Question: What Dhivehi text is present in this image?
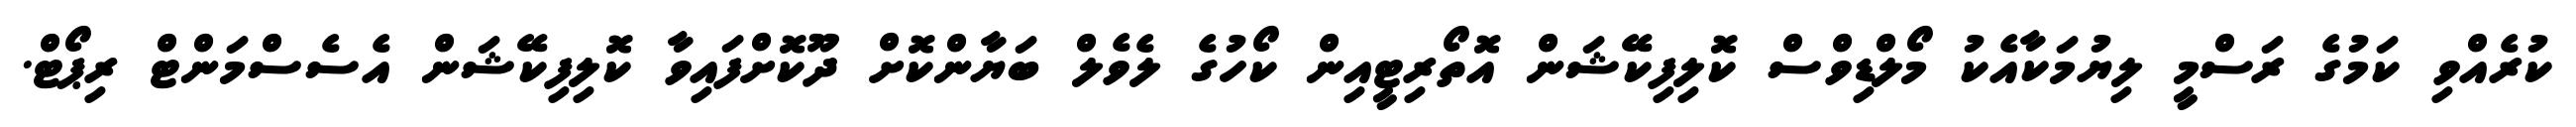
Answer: ކުރެއްވި ކަމުގެ ރަސްމީ ލިޔުމަކާއެކު މޯލްޑިވްސް ކޮލިފިކޭޝަން އޮތޯރިޓީއިން ކޯހުގެ ލެވެލް ބަޔާންކޮށް ދޫކޮށްފައިވާ ކޮލިފިކޭޝަން އެސެސްމަންޓް ރިޕޯޓް.